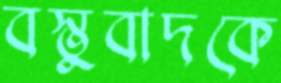
বস্তুবাদকে